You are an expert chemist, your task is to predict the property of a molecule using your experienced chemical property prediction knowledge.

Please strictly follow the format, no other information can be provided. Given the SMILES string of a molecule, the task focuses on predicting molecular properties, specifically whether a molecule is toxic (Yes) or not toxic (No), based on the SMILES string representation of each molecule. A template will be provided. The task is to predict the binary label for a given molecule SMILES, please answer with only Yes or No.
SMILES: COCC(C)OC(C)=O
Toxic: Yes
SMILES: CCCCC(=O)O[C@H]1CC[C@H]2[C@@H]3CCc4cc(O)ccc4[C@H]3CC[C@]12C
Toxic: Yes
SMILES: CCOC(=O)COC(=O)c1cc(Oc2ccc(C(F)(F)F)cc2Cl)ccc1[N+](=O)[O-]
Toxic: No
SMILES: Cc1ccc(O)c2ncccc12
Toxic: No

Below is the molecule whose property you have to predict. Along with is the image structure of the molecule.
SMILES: O=C(O)CCc1ccccc1
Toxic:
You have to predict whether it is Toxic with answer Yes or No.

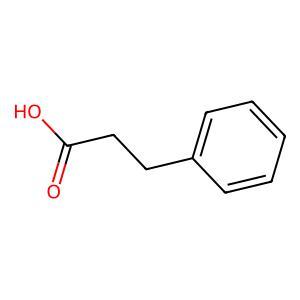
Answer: No